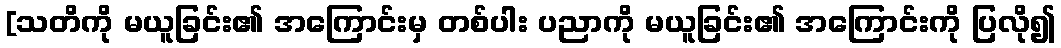
[သတိကို မယူခြင်း၏ အကြောင်းမှ တစ်ပါး ပညာကို မယူခြင်း၏ အကြောင်းကို ပြလို၍